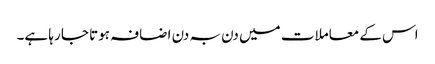
اس کے معاملات میں دن بہ دن اضافہ ہوتا جا رہا ہے۔